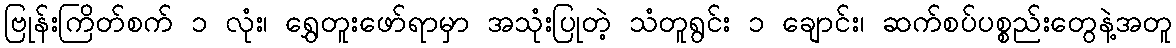
ဗြုန်းကြိတ်စက် ၁ လုံး၊ ရွှေတူးဖော်ရာမှာ အသုံးပြုတဲ့ သံတူရွင်း ၁ ချောင်း၊ ဆက်စပ်ပစ္စည်းတွေနဲ့အတူ